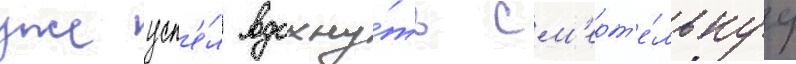
уже усп'е́л вдохну́ть см'ерт'е́льнуу